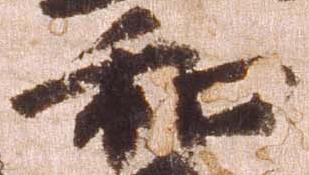
和